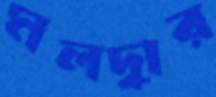
মলদ্বার